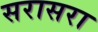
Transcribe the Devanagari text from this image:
सरासरा